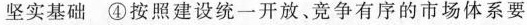
坚实基础④按照建设统一开放、竞争有序的市场体系要